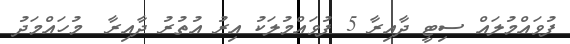
ފުވައްމުލައް ސިޓީ ދާއިރާ 5 ފުވައްމުލަކު އިރު އުތުރު ދާއިރާ  މުހައްމަދު